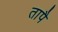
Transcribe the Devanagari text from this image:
तापै